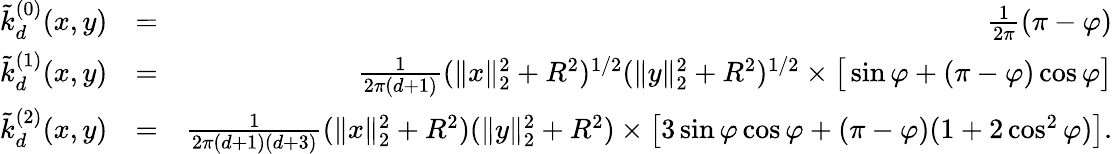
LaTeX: \begin{array}{rlr}{\tilde{k}_{d}^{(0)}(x,y)}&{=}&{\frac{1}{2\pi}(\pi-\varphi)}\\ {\tilde{k}_{d}^{(1)}(x,y)}&{=}&{\frac{1}{2\pi(d+1)}(\| x\| _{2}^{2}+R^{2})^{1/2}(\| y\| _{2}^{2}+R^{2})^{1/2}\times\big[\sin\varphi+(\pi-\varphi)\cos\varphi\big]}\\ {\tilde{k}_{d}^{(2)}(x,y)}&{=}&{\frac{1}{2\pi(d+1)(d+3)}(\| x\| _{2}^{2}+R^{2})(\| y\| _{2}^{2}+R^{2})\times\big[3\sin\varphi\cos\varphi+(\pi-\varphi)(1+2\cos^{2}\varphi)\big].}\end{array}